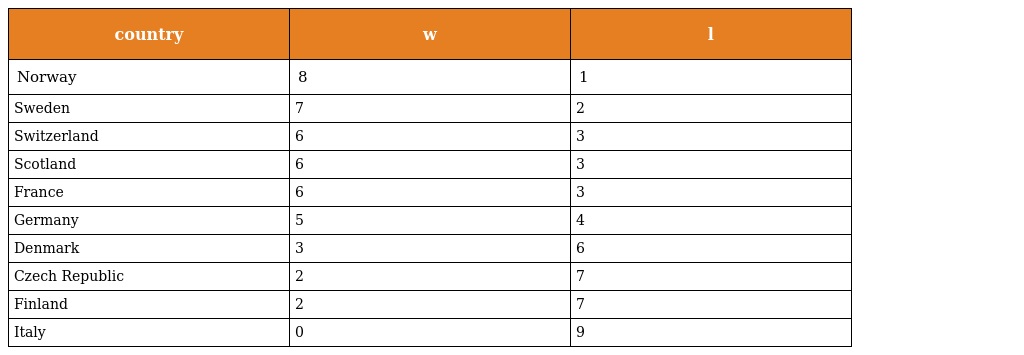
| country | w | l |
 | --- | --- | --- |
 | Norway | 8 | 1 |
 | Sweden | 7 | 2 |
 | Switzerland | 6 | 3 |
 | Scotland | 6 | 3 |
 | France | 6 | 3 |
 | Germany | 5 | 4 |
 | Denmark | 3 | 6 |
 | Czech Republic | 2 | 7 |
 | Finland | 2 | 7 |
 | Italy | 0 | 9 |